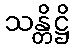
သန္တိဋ္ဌိ